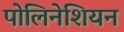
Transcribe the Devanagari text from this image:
पोलिनेशियन